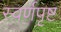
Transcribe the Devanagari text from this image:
स्वर्णपृष्ट